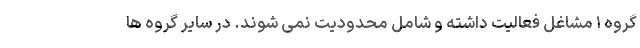
گروه ۱ مشاغل فعالیت داشته و شامل محدودیت نمی شوند. در سایر گروه ها